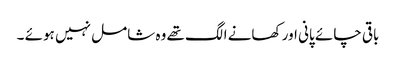
باقی چائے پانی اور کھانے الگ تھے وہ شامل نہیں ہوئے ۔